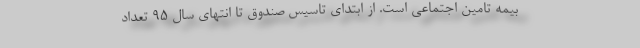
بیمه تامین اجتماعی است. از ابتدای تاسیس صندوق تا انتهای سال ۹۵ تعداد